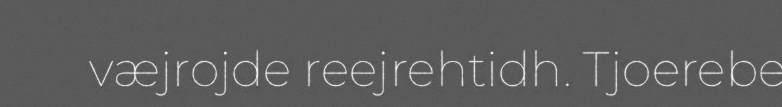
væjrojde reejrehtidh. Tjoerebe